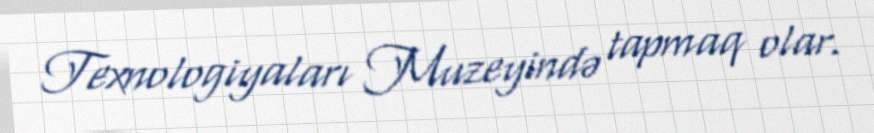
Texnologiyaları Muzeyində tapmaq olar.